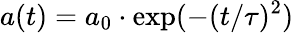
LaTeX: a(t)=a_{0}\cdot\exp(-(t/\tau)^{2})